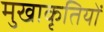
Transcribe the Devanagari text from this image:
मुखाकृतियों